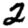
Digit: 2